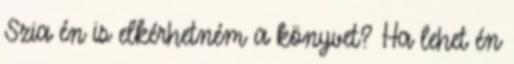
Szia én is elkérhetném a könyvet? Ha lehet én